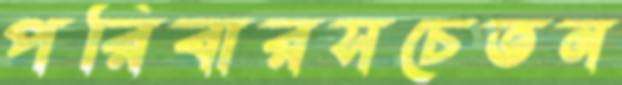
পরিবারসচেতন